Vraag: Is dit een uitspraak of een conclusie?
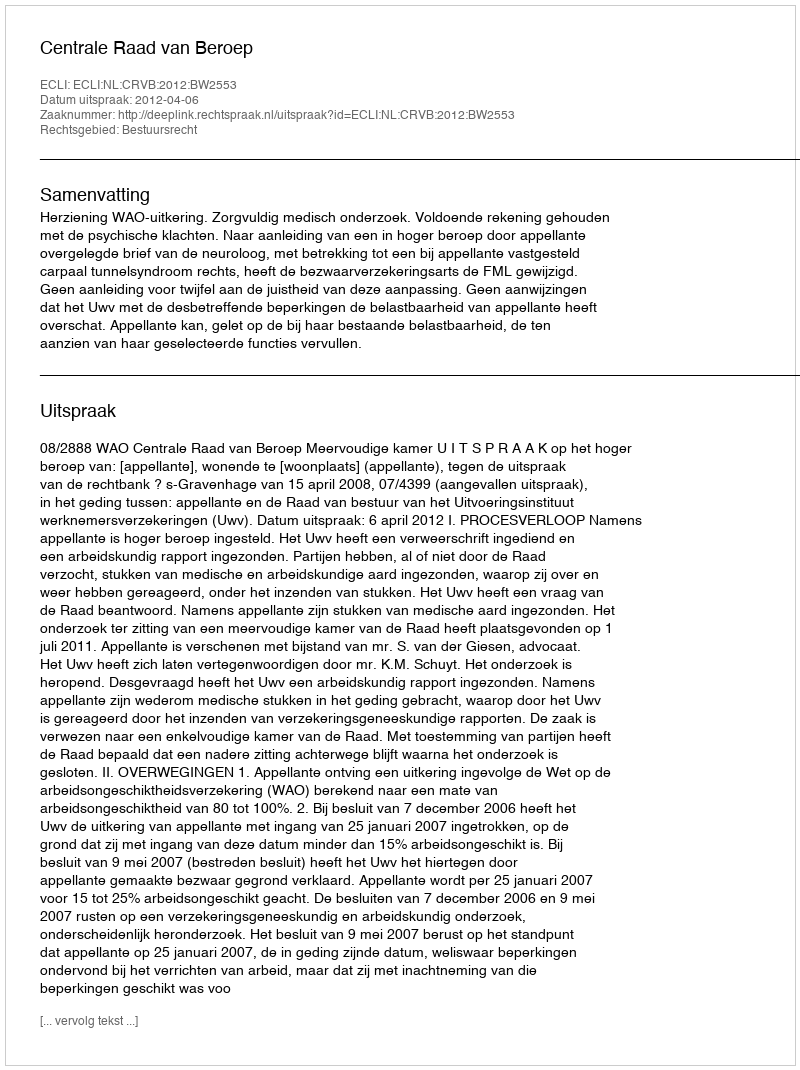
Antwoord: Uitspraak